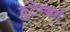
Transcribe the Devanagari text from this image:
वुटेम्बर्ग